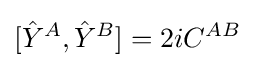
[{\hat {Y}}^{A},{\hat {Y}}^{B}]=2iC^{AB}